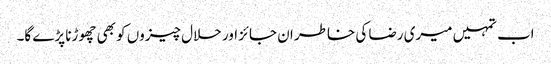
اب تمہیں میری رضا کی خاطر ان جائز اور حلال چیزوں کو بھی چھوڑنا پڑے گا۔